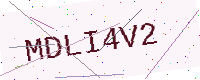
Text: MDLI4V2